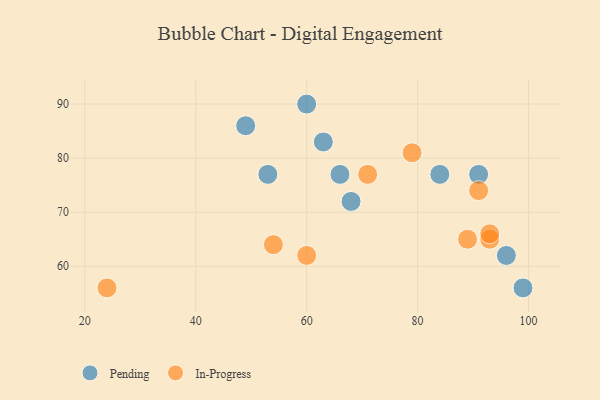
{"axis": {"x": "GDP", "y": "Life Expectancy"}, "legend": ["In-Progress", "Pending"], "data": [{"x": "68", "y": 72, "type": "Pending"}, {"x": "91", "y": 77, "type": "Pending"}, {"x": "99", "y": 56, "type": "Pending"}, {"x": "60", "y": 90, "type": "Pending"}, {"x": "84", "y": 77, "type": "Pending"}, {"x": "63", "y": 83, "type": "Pending"}, {"x": "96", "y": 62, "type": "Pending"}, {"x": "53", "y": 77, "type": "Pending"}, {"x": "66", "y": 77, "type": "Pending"}, {"x": "49", "y": 86, "type": "Pending"}, {"x": "93", "y": 65, "type": "In-Progress"}, {"x": "79", "y": 81, "type": "In-Progress"}, {"x": "71", "y": 77, "type": "In-Progress"}, {"x": "60", "y": 62, "type": "In-Progress"}, {"x": "24", "y": 56, "type": "In-Progress"}, {"x": "54", "y": 64, "type": "In-Progress"}, {"x": "89", "y": 65, "type": "In-Progress"}, {"x": "91", "y": 74, "type": "In-Progress"}, {"x": "93", "y": 66, "type": "In-Progress"}]}